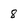
Character: 8